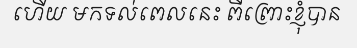
ហើយ មកទល់ពេលនេះ ពីព្រោះខ្ញុំបាន